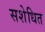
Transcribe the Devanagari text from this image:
सशेधित